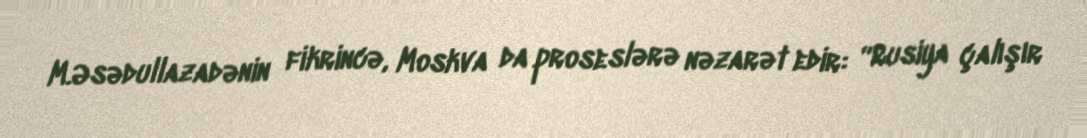
M.Əsədullazadənin fikrincə, Moskva da proseslərə nəzarət edir: “Rusiya çalışır